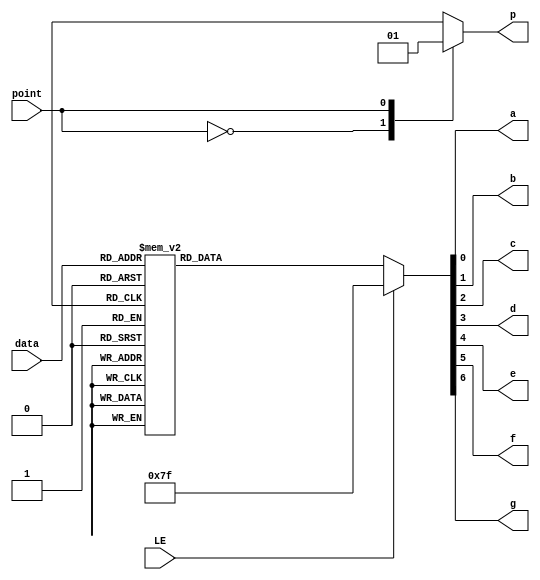
`timescale 1ns / 1ps

module SegDecoder (
    input wire [3:0] data,
    input wire point,
    input wire LE,

    output wire a,
    output wire b,
    output wire c,
    output wire d,
    output wire e,
    output wire f,
    output wire g,
    output wire p
);
 //fill your code

 reg ta,tb,tc,td,te,tf,tg;
 reg tp;

 always@(*) begin
    case({LE,data})
        5'b00000: begin ta=0;tb=0;tc=0;td=0;te=0;tf=0;tg=1; end
        5'b00001: begin ta=1;tb=0;tc=0;td=1;te=1;tf=1;tg=1; end
        5'b00010: begin ta=0;tb=0;tc=1;td=0;te=0;tf=1;tg=0; end
        5'b00011: begin ta=0;tb=0;tc=0;td=0;te=1;tf=1;tg=0; end
        5'b00100: begin ta=1;tb=0;tc=0;td=1;te=1;tf=0;tg=0; end
        5'b00101: begin ta=0;tb=1;tc=0;td=0;te=1;tf=0;tg=0; end
        5'b00110: begin ta=0;tb=1;tc=0;td=0;te=0;tf=0;tg=0; end
        5'b00111: begin ta=0;tb=0;tc=0;td=1;te=1;tf=1;tg=1; end
        5'b01000: begin ta=0;tb=0;tc=0;td=0;te=0;tf=0;tg=0; end
        5'b01001: begin ta=0;tb=0;tc=0;td=0;te=1;tf=0;tg=0; end
        5'b01010: begin ta=0;tb=0;tc=0;td=1;te=0;tf=0;tg=0; end
        5'b01011: begin ta=1;tb=1;tc=0;td=0;te=0;tf=0;tg=0; end
        5'b01100: begin ta=0;tb=1;tc=1;td=0;te=0;tf=0;tg=1; end
        5'b01101: begin ta=1;tb=0;tc=0;td=0;te=0;tf=1;tg=0; end
        5'b01110: begin ta=0;tb=1;tc=1;td=0;te=0;tf=0;tg=0; end
        5'b01111: begin ta=0;tb=1;tc=1;td=1;te=0;tf=0;tg=0; end
        default: begin ta=1;tb=1;tc=1;td=1;te=1;tf=1;tg=1; end
    endcase

    case(point)
        0: tp=0;
        1: tp=1;
    endcase

 end

assign a=ta, b=tb, c=tc, d=td, e=te, f=tf, g=tg, p=tp;

endmodule //SegDecoder